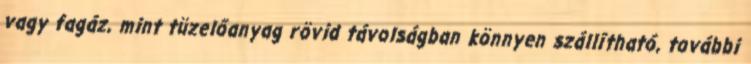
vagy fagáz, mint tüzelőanyag rövid távolságban könnyen szállítható, további